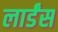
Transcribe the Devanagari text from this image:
लार्डंस